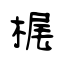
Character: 梶